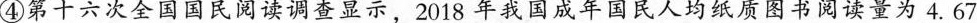
”④第十六次全国国民阅读调查显示，2018年我国成年国民人均纸质图书阅读量为4.67